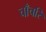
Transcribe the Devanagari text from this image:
चाँचरि